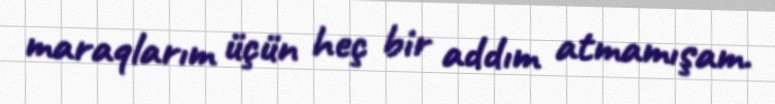
maraqlarım üçün heç bir addım atmamışam.